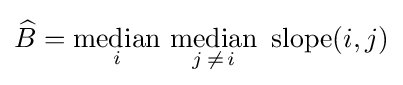
{\widehat {B}}={\underset {i}{\operatorname {median} }}\ {\underset {j\,\neq \,i}{\operatorname {median} }}\ \operatorname {slope} (i,j)